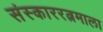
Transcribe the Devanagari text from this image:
संस्काररत्नमाला